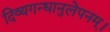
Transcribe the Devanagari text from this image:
दिव्यगन्धानुलेपनम्‌।